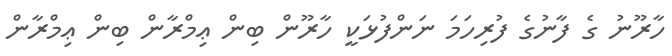
ހާރޫނު ގެ ފާނުގެ ފުރިހަމަ ނަންފުޅަކީ ހާރޫން ބިން ޢިމްރާން ބިން ޢިމްރާން